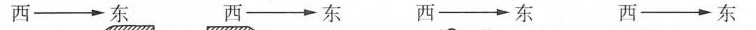
西 \longrightarrow 东 西\longrightarrow 东 西 \longrightarrow 东 西 \longrightarrow 东